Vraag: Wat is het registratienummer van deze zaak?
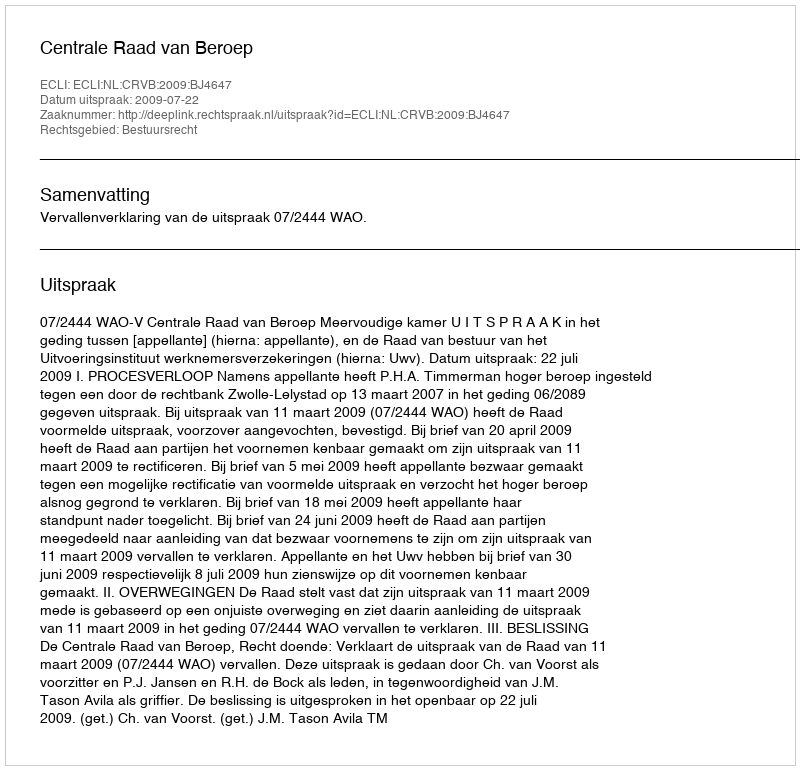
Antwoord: http://deeplink.rechtspraak.nl/uitspraak?id=ECLI:NL:CRVB:2009:BJ4647